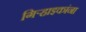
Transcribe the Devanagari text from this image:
गिऱ्हाइकांना